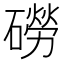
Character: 磱